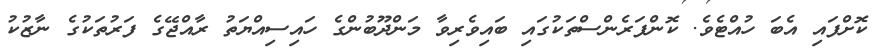
ކޮށްފައި އެބަ ހުއްޓެވެ. ކޮންފަރެންސްތަކުގައި ބައިވެރިވާ މަންދޫބުންގެ ހައިސިއްޔަތު ރާއްޖޭގެ ފަރުތަކުގެ ނާޒުކު